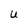
Character: U